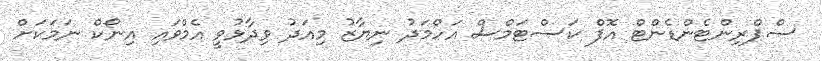
ސްޕްރިންޓެންޑެންޓް އޮފް ކަސްޓަމްސް އަހްމަދު ނިޔާޒު މިއަދު ވިދާޅުވީ އެމްވައި އިނޯކް ނަމަކަށް